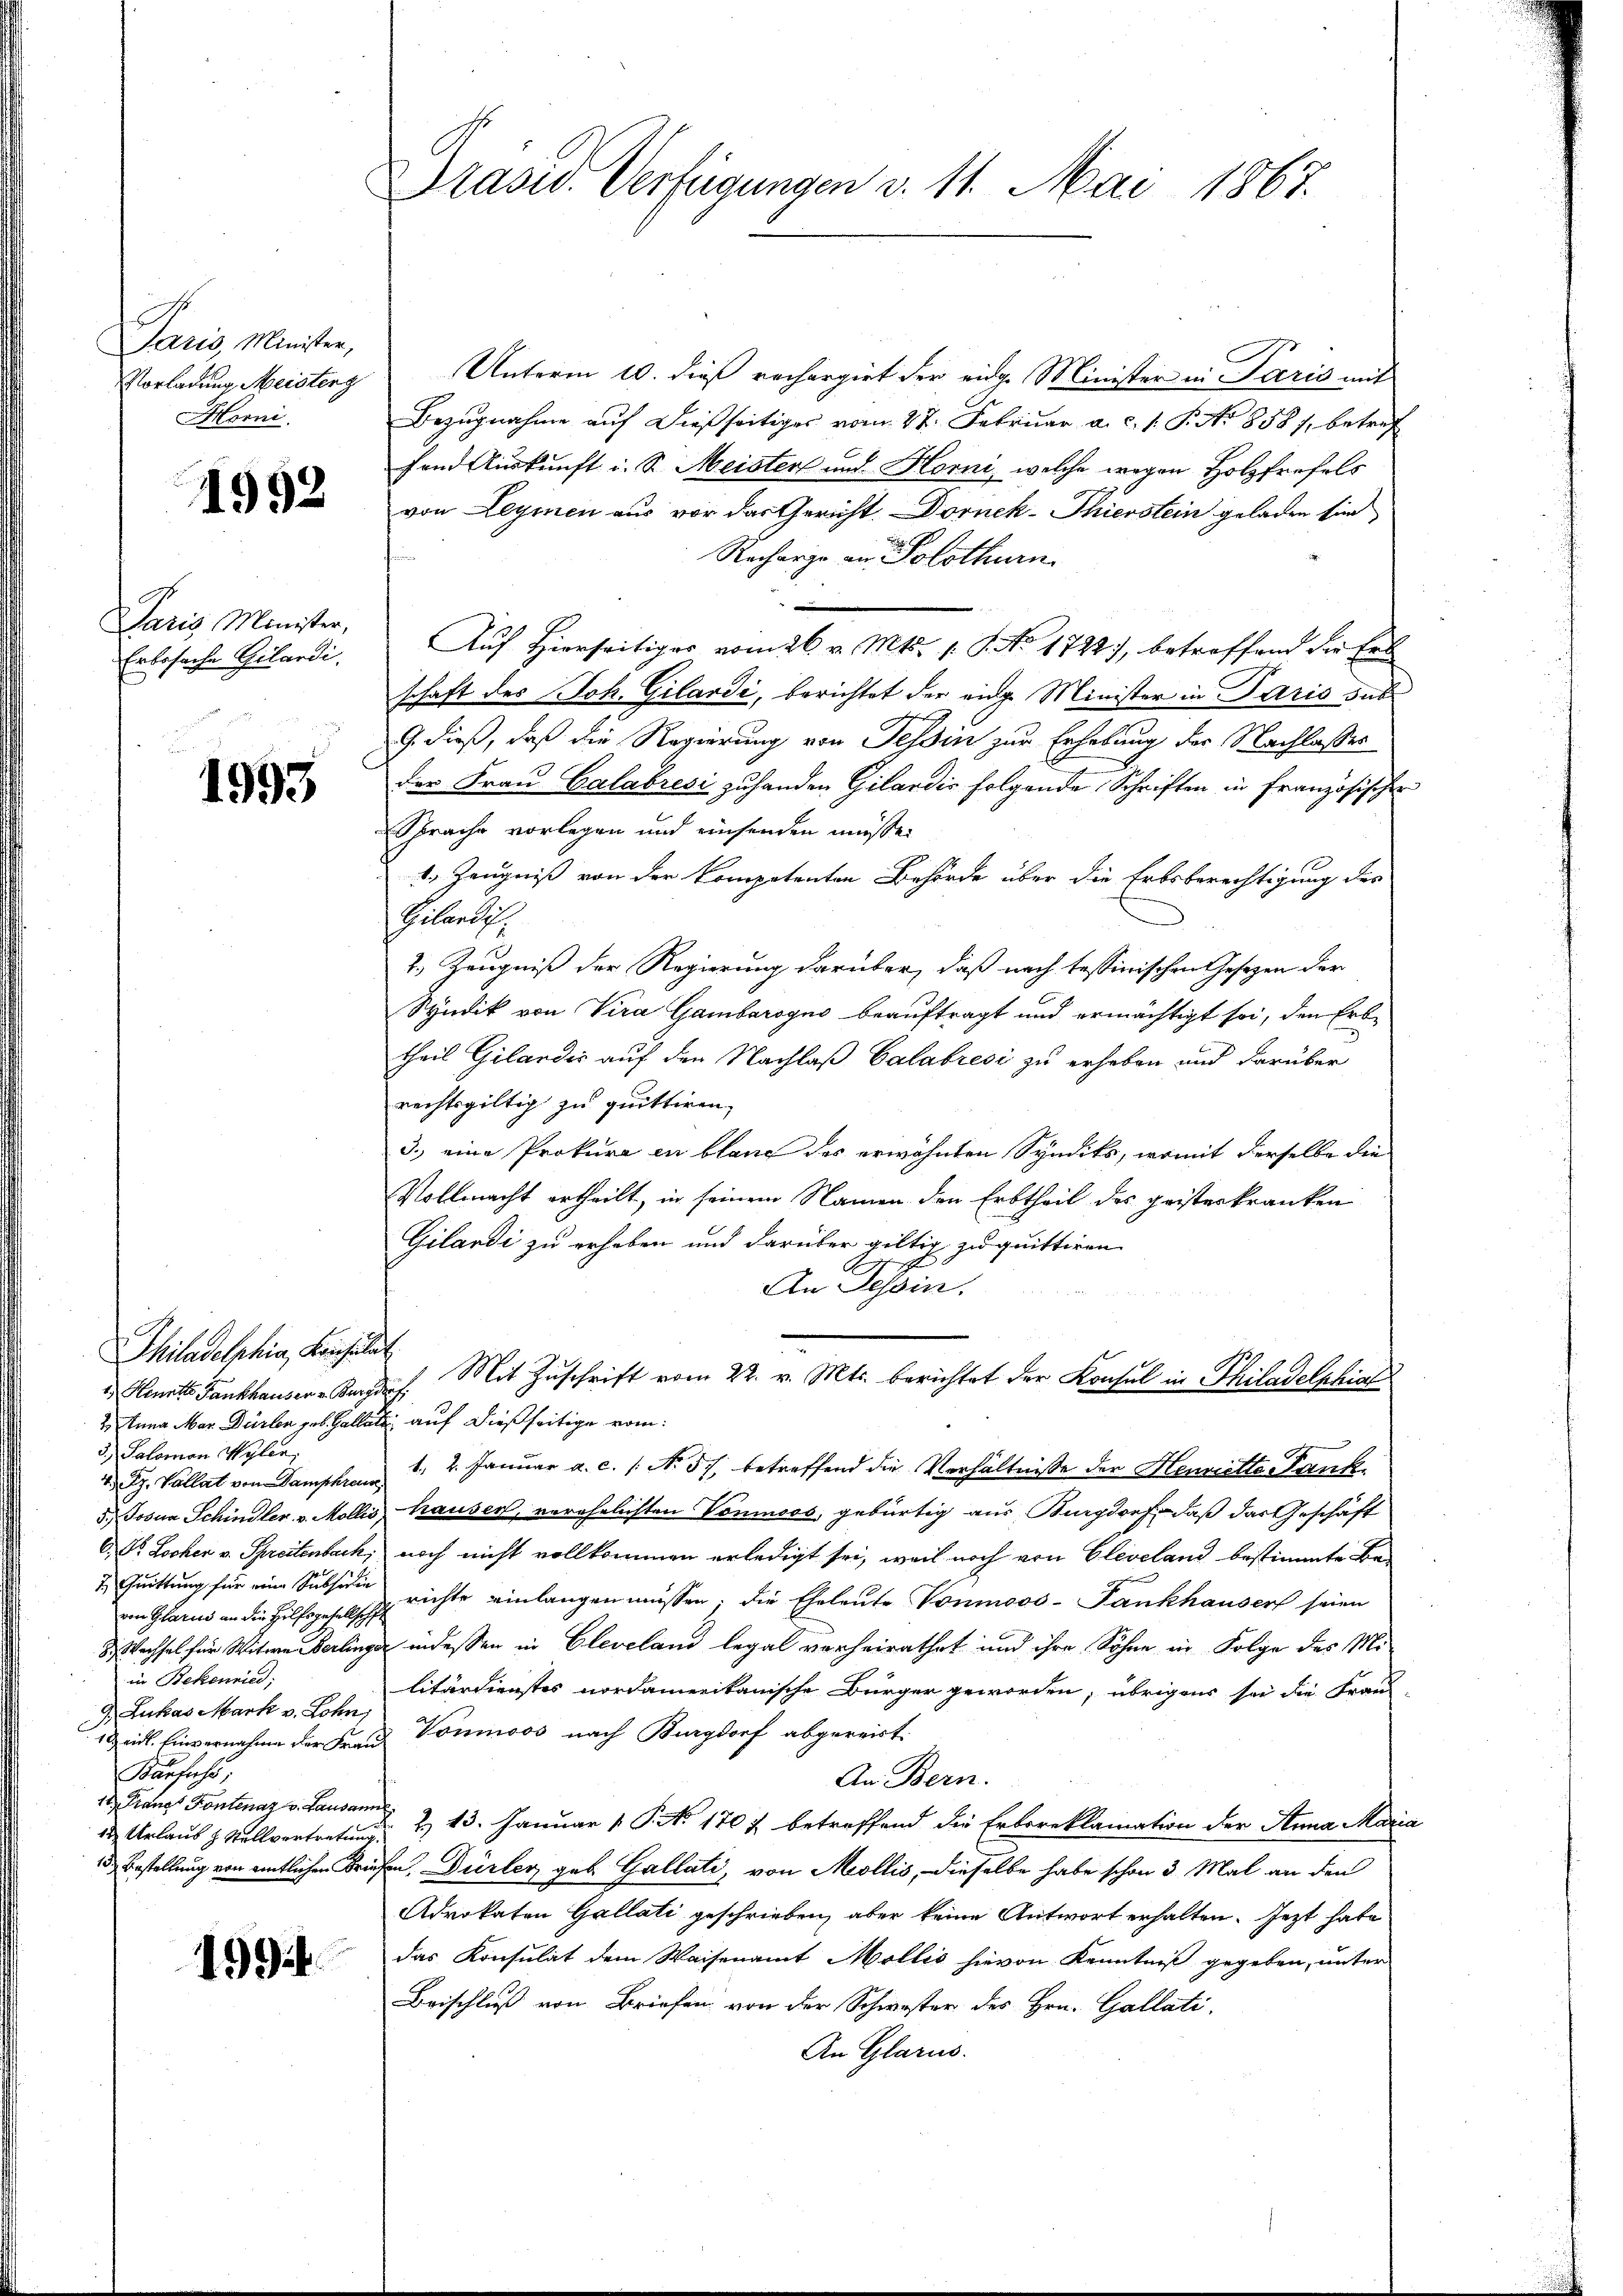
Paris, Minister,
Morni

1992

Paris Minister,
Erbssache Gilardi.

1993

Philadelphia, Konsulat
1) Hinett Fankhauser u. Burgdorf
3.) Salomon Wylen,
4 Rp. Vallat von Damphreus
2. Quittung für eine Subsidie
von Glarus an die Hilfsgesellschin Bekenried;
1 & eid. Einvernahme der Frau
Kanfechs
12. Frauet Fontenaz v. Lausanne

1994.

Vorladung Meister Unterm 10. dieß rechargirt der eidg. Minister in Paris mit
Bezugnahme auf dießseitiges vom 27. Februar a. c. s. S. Ao 1858/, betref
fend Auskunft i. S. Meister und Horni, welche wegen Holzfrefels
von Leymen aus vor das Gericht. Dornek-Thierstein geladen sin
Recharge an Solothurn.
Auf Hierseitiger vom 26. v. Mts. 1. 9. No 1722), betreffend die Ert
schaft des Joh. Gilardi, berichtet der eige Minister in Paris sub
G. dieß, daß die Regierung von Tessin zur Erhebung der Nachlasses
der Frau Calabresi zuhanden Gilardis folgende Schriften in französischer
Sprache vorlegen und einsenden müße.
1. Zeugniß von der Kompetenten Behörde über die Erbsberechtigung der
Pillentz
2.) Zeugniß der Regierung darüber, daß nach tessinischen Gesetzen der
Syndik von Vira Gambarogno beauftragt und ermächtigt sei, den Erbtheil Gilandić auf den Nachlaß Calabresi zu erheben und darüber
rechtsgültig zu quittiren.
3.) eine Prokura en blang des erwähnten Syndiks, womit derselbe den
Vollmacht ertheilt, in seinem Namen den Erbtheil des geisterkranken
Gilandi zu erheben und darüber giltig zu quittiren.
An Schein.
 Mit Zuschrift vom 22. v. Mts. berichtet der Konsul in Philadelphia
2) Anna Mar. Dürler Jos. Gallate auf dießseitige vom
1, 2. Januar a. c. /: No 5. betreffend die Verhältnisse der Henritte Frank¬
5.) Josia Schindler v. Mollis Hauser, verehelichten Vonmoos, gebürtig aus Burgdorf, daß das Geschäft
D. Dr. Locher v. Spreitenbach, noch nicht vollkommen erledigt sei, weil noch von Gleveland bestimmte Be-
richte einlangen müssen; die Eheleute Vonmoos-Fankhauser seien
& Wachsel für Witwe erlinger indessen in Cleveland legal verheirathet und ihre Sohne in Folge des Mi-
litärdienstes nordamerikanische Bürger geworden, übrigens sei die Frau
 Lukas Mark v. Lohn, Wominoos nach Burgdorf abgereist.
An Bern.
 Urlaus Stellvertreten 4. Januar 1. No. 1707 betreffend die Erboreklamation der Anna Maria
15. Bestellung von amtlichen Briefen, Dürler geb. Gallati, von Mollis, dieselbe habe schon 3 Mal an den
Advokaten Gallati geschrieben, aber keine Antwort erhalten. Jezt habe
das Konsulat dem Waisenamt Mollis hievon Kenntniß gegeben, unter
Beischluß von Briefen von der Schwester des Hrn. Gallati
An Glarus.

Präsid. Verfügungen v. 11. Mai 1867.